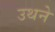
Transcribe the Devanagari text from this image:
उथने